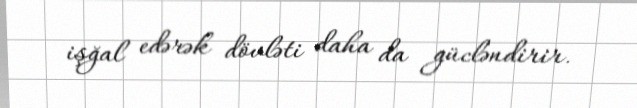
işğal edərək dövləti daha da gücləndirir.